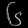
Digit: ၆